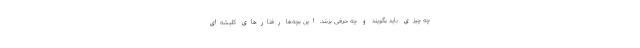
چه چیزی باید بگویند و چه حرفی بزنند، این بچه‌ها رفتارهای کلیشه‌ای